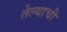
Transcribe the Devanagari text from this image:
तेल्याची